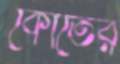
কোতের